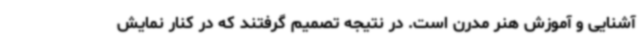
آشنایی و آموزش هنر مدرن است. در نتیجه تصمیم گرفتند که در کنار نمایش